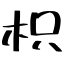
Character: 枳